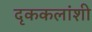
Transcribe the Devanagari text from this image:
दृककलांशी